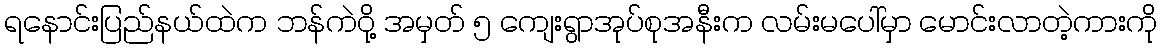
ရနောင်းပြည်နယ်ထဲက ဘန်ကဲဝို့ အမှတ် ၅ ကျေးရွာအုပ်စုအနီးက လမ်းမပေါ်မှာ မောင်းလာတဲ့ကားကို